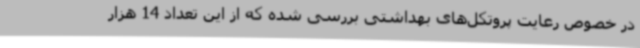
در خصوص رعایت پروتکل‌های بهداشتی بررسی شده که از این تعداد 14 هزار